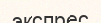
экспрес